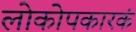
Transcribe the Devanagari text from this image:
लोकोपकारकं